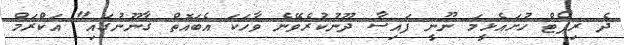
ދެ ރިޕޯޓް ހުށައެޅީމަ ނޫނީ ފައިސާ ދޫނުކުރެވޭނެ ވާހަކަ އެބައޮތް ގާނޫނުގައި" އަކްރަމް